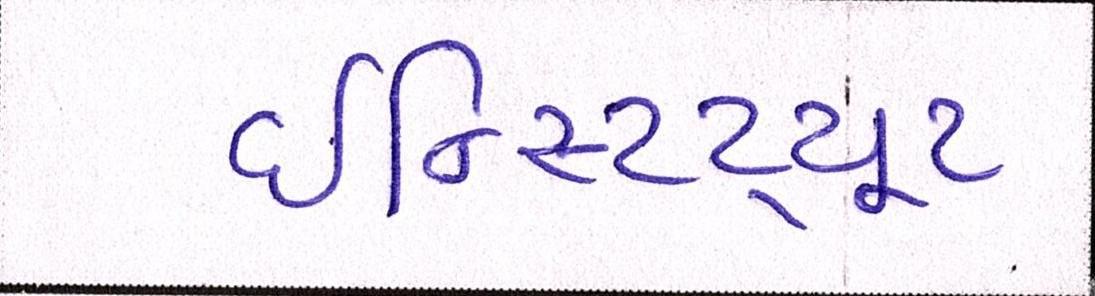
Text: ઇન્સ્ટિટ્યૂટ